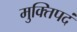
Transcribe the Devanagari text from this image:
मुक्तिपदं